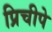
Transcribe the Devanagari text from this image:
प्रिचीपे